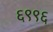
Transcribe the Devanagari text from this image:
६९९६